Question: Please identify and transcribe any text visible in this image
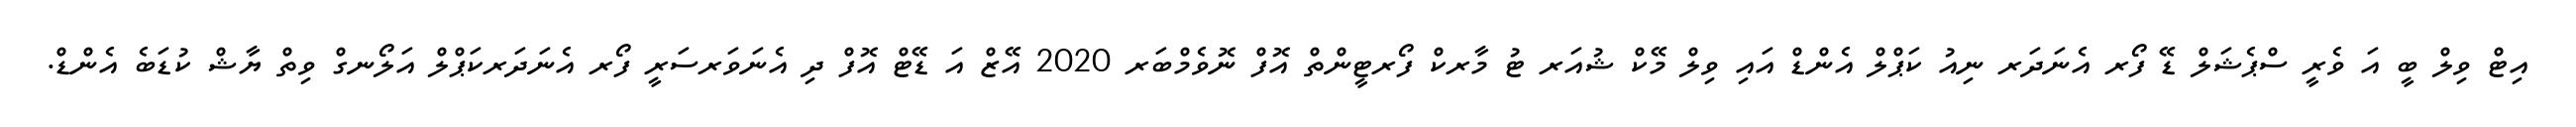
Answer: އިޓް ވިލް ބީ އަ ވެރީ ސްޕެޝަލް ޑޭ ފޯރ އެނަދަރ ނިއު ކަޕްލް އެންޑް އައި ވިލް މޭކް ޝުއަރ ޓު މާރކް ފޯރޓީންތް އޮފް ނޮވެމްބަރ 2020 އޭޒް އަ ޑޭޓް އޮފް ދި އެނަވަރސަރީ ފޯރ އެނަދަރކަޕްލް އަލޯނގް ވިތް ޔާޝް ކުޑަބެ އެންޑް.